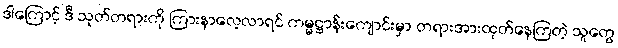
ဒါကြောင့် ဒီ သုတ်တရားကို ကြားနာလေ့လာရင် ကမ္မဋ္ဌာန်းကျောင်းမှာ တရားအားထုတ်နေကြတဲ့ သူတွေ